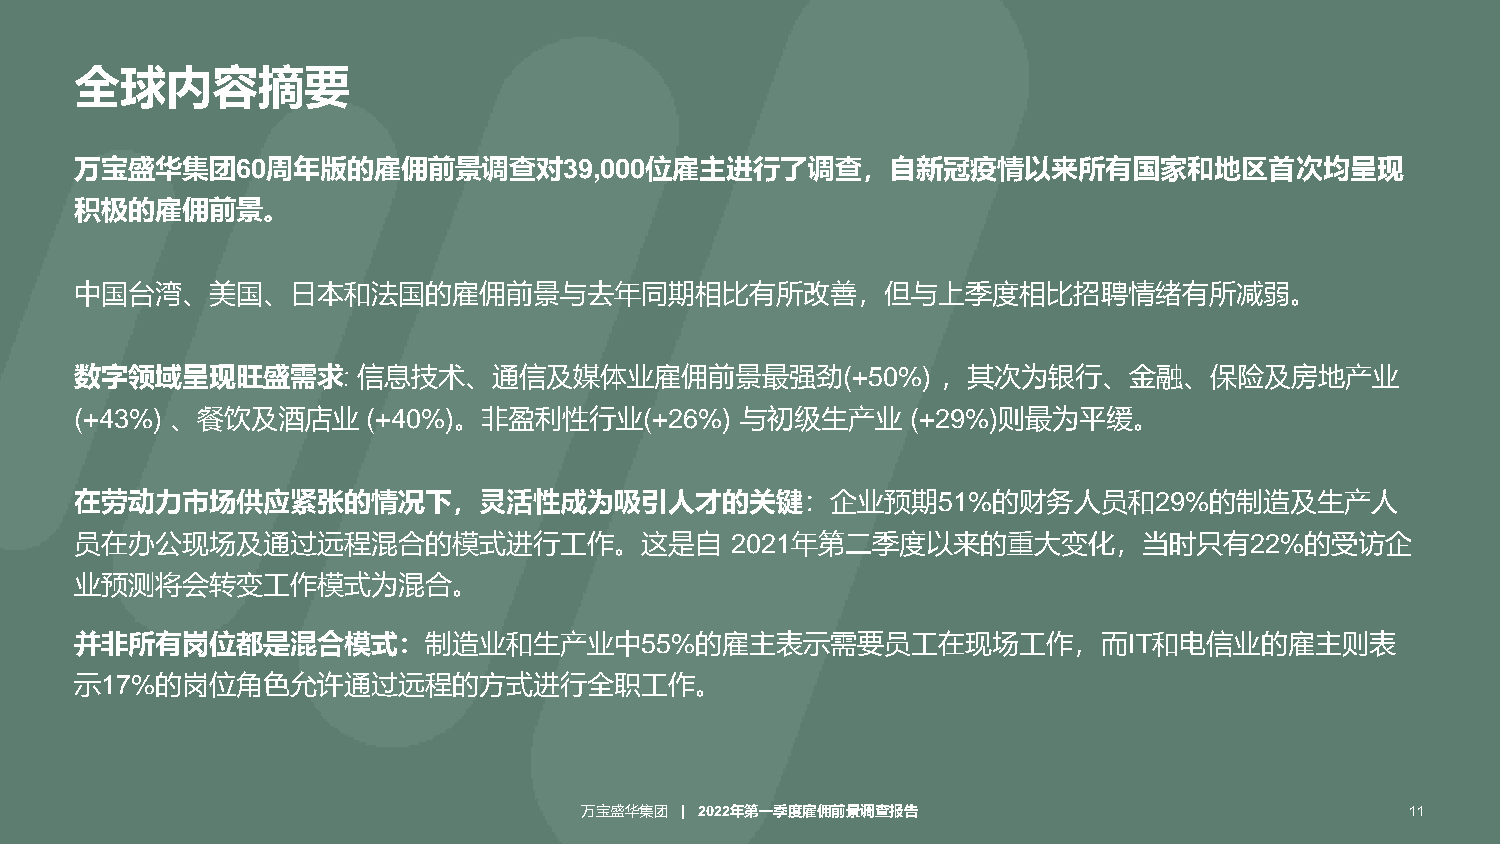
全球内容摘要
 万宝盛华集团60周年版的雇佣前景调查对39,000位雇主进行了调查，自新冠疫情以来所有国家和地区首次均呈现
 积极的雇佣前景。
 中国台湾、美国、日本和法国的雇佣前景与去年同期相比有所改善，但与上季度相比招聘情绪有所减弱。
 数字领域呈现旺盛需求:        信息技术、通信及媒体业雇佣前景最强劲(+50%)              ，其次为银行、金融、保险及房地产业
 (+43%) 、餐饮及酒店业     (+40%)。非盈利性行业(+26%)      与初级生产业     (+29%)则最为平缓。
 在劳动力市场供应紧张的情况下，灵活性成为吸引人才的关键：企业预期51%的财务人员和29%的制造及生产人
 员在办公现场及通过远程混合的模式进行工作。这是自                   2021年第二季度以来的重大变化，当时只有22%的受访企
 业预测将会转变工作模式为混合。
 并非所有岗位都是混合模式：制造业和生产业中55%的雇主表示需要员工在现场工作，而IT和电信业的雇主则表
 示17%的岗位角色允许通过远程的方式进行全职工作。
 万宝盛华集团 | 2022年第一季度雇佣前景调查报告                             11